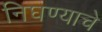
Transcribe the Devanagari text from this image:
निघण्याचे